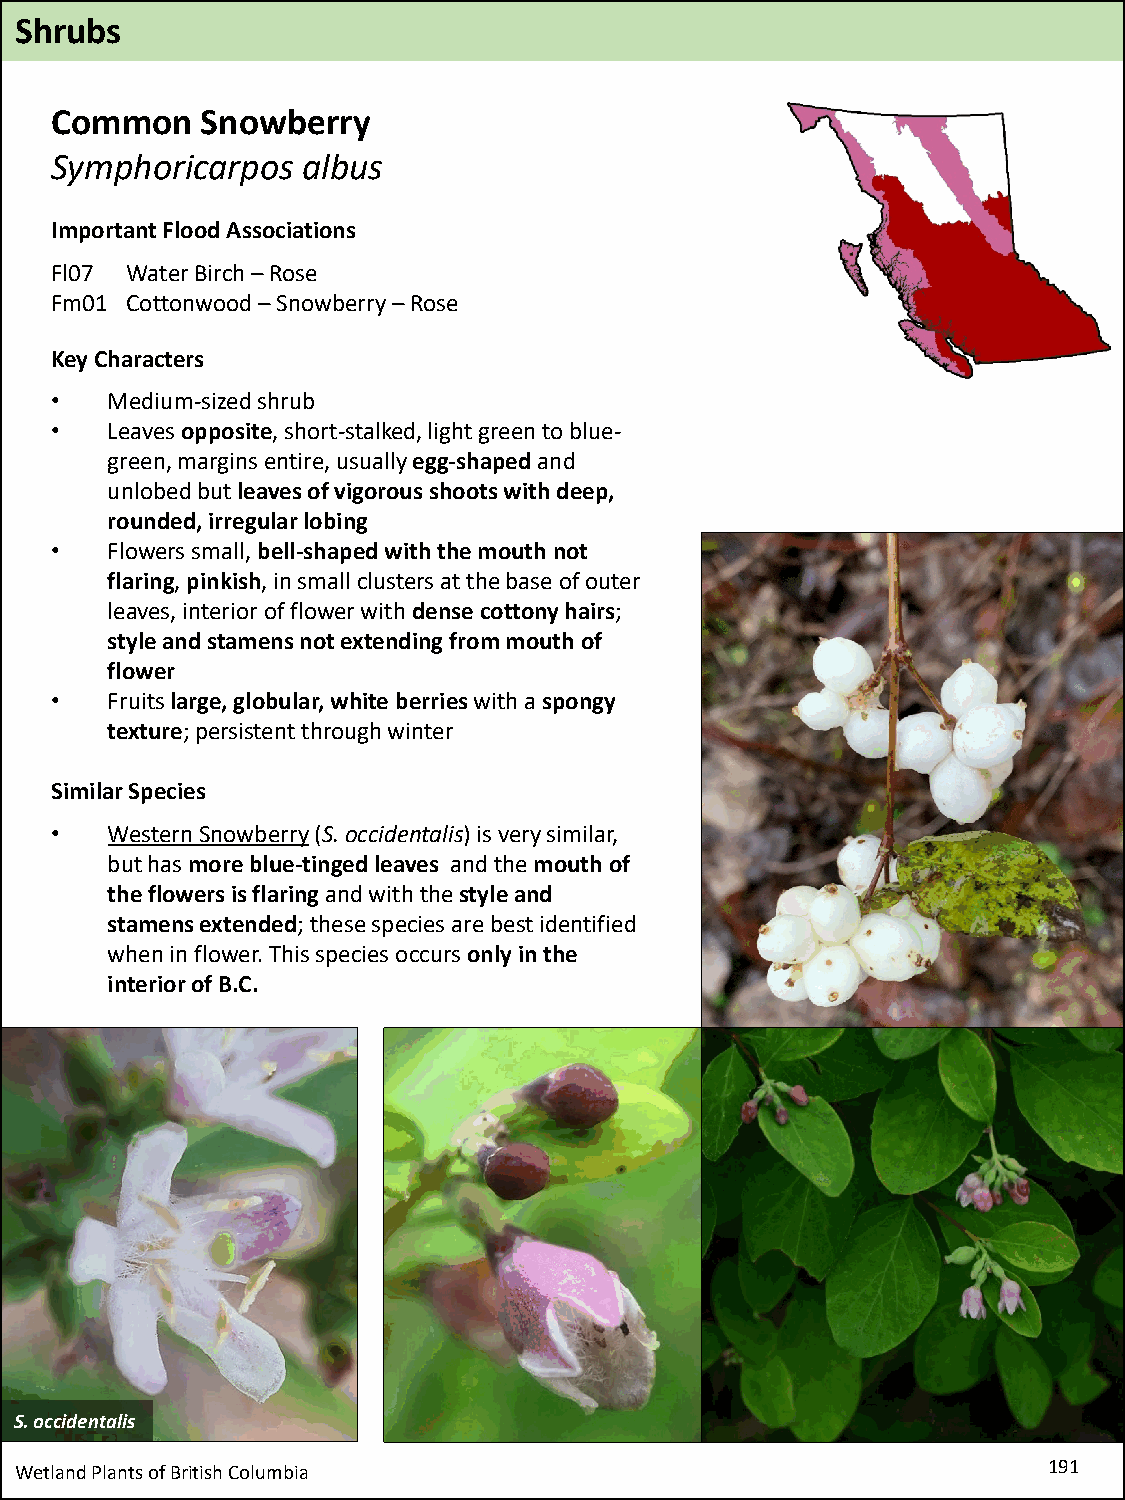
Shrubs
 Common    Snowberry
 Symphoricarpos   albus
 Important Flood Associations
 Fl07 Water Birch –Rose
 Fm01 Cottonwood –Snowberry –Rose
 Key Characters
 •   Medium-sized shrub
 •   Leaves opposite, short-stalked, light green to blue-
 green, margins entire, usually egg-shapedand
 unlobedbut leaves of vigorous shoots with deep,
 rounded, irregular lobing
 •   Flowers small, bell-shaped with the mouth not
 flaring, pinkish, in small clusters at the base of outer
 leaves, interior of flower with dense cottony hairs;
 style and stamens not extending from mouth of
 flower
 •   Fruits large, globular, white berrieswith a spongy
 texture; persistent through winter
 Similar Species
 •   Western Snowberry(S. occidentalis)is very similar,
 but has more blue-tinged leaves and the mouth of
 the flowers is flaring and with the style and
 stamens extended; these species are best identified
 when in flower. This species occurs only in the
 interior of B.C.
 S. occidentalis
 Wetland Plants of British Columbia                                  191